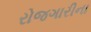
રોજગારીના